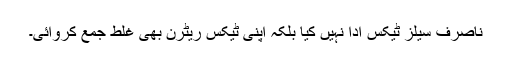
ناصرف سیلز ٹیکس ادا نہیں کیا بلکہ اپنی ٹیکس ریٹرن بھی غلط جمع کروائی۔